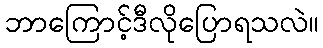
ဘာကြောင့်ဒီလိုပြောရသလဲ။